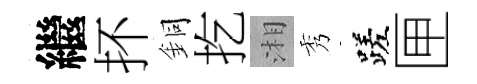
繼抔銅扢湘秀蹉匣